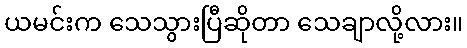
ယမင်းက သေသွားပြီဆိုတာ သေချာလို့လား။